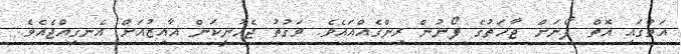
އަތުގައި އޮތް ފޯނަށް ޖާހަތުގެ ފޯނުން ރިންގެއްއައެވެ. ވަގުތު ޖެހުނީކަން އާއިޒުއަށް އެނގިއްޖެއެވެ.